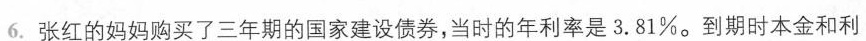
6.张红的妈妈购买了三年期的国家建设债券，当时的年利率是3.81%。到期时本金和利